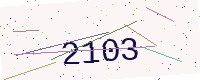
Text: 2103